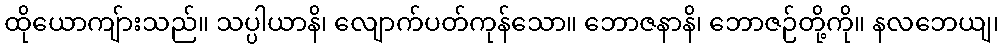
ထိုယောကျ်ားသည်။ သပ္ပါယာနိ၊ လျောက်ပတ်ကုန်သော။ ဘောဇနာနိ၊ ဘောဇဉ်တို့ကို။ နလဘေယျ၊